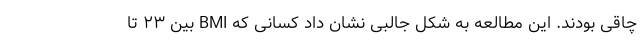
چاقی بودند. این مطالعه به شکل جالبی نشان داد کسانی که BMI بین ۲۳ تا